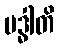
ဗဒ္ဓါတိ